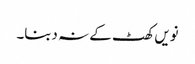
نویں کھٹ کے نہ دبنا۔